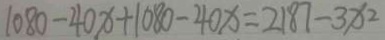
1 0 8 0 - 4 0 x + 1 0 8 0 - 4 0 x = 2 1 8 7 - 3 x 2